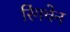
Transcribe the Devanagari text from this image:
रिंगचेन